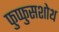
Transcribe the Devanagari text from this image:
फुप्फुसशोथ